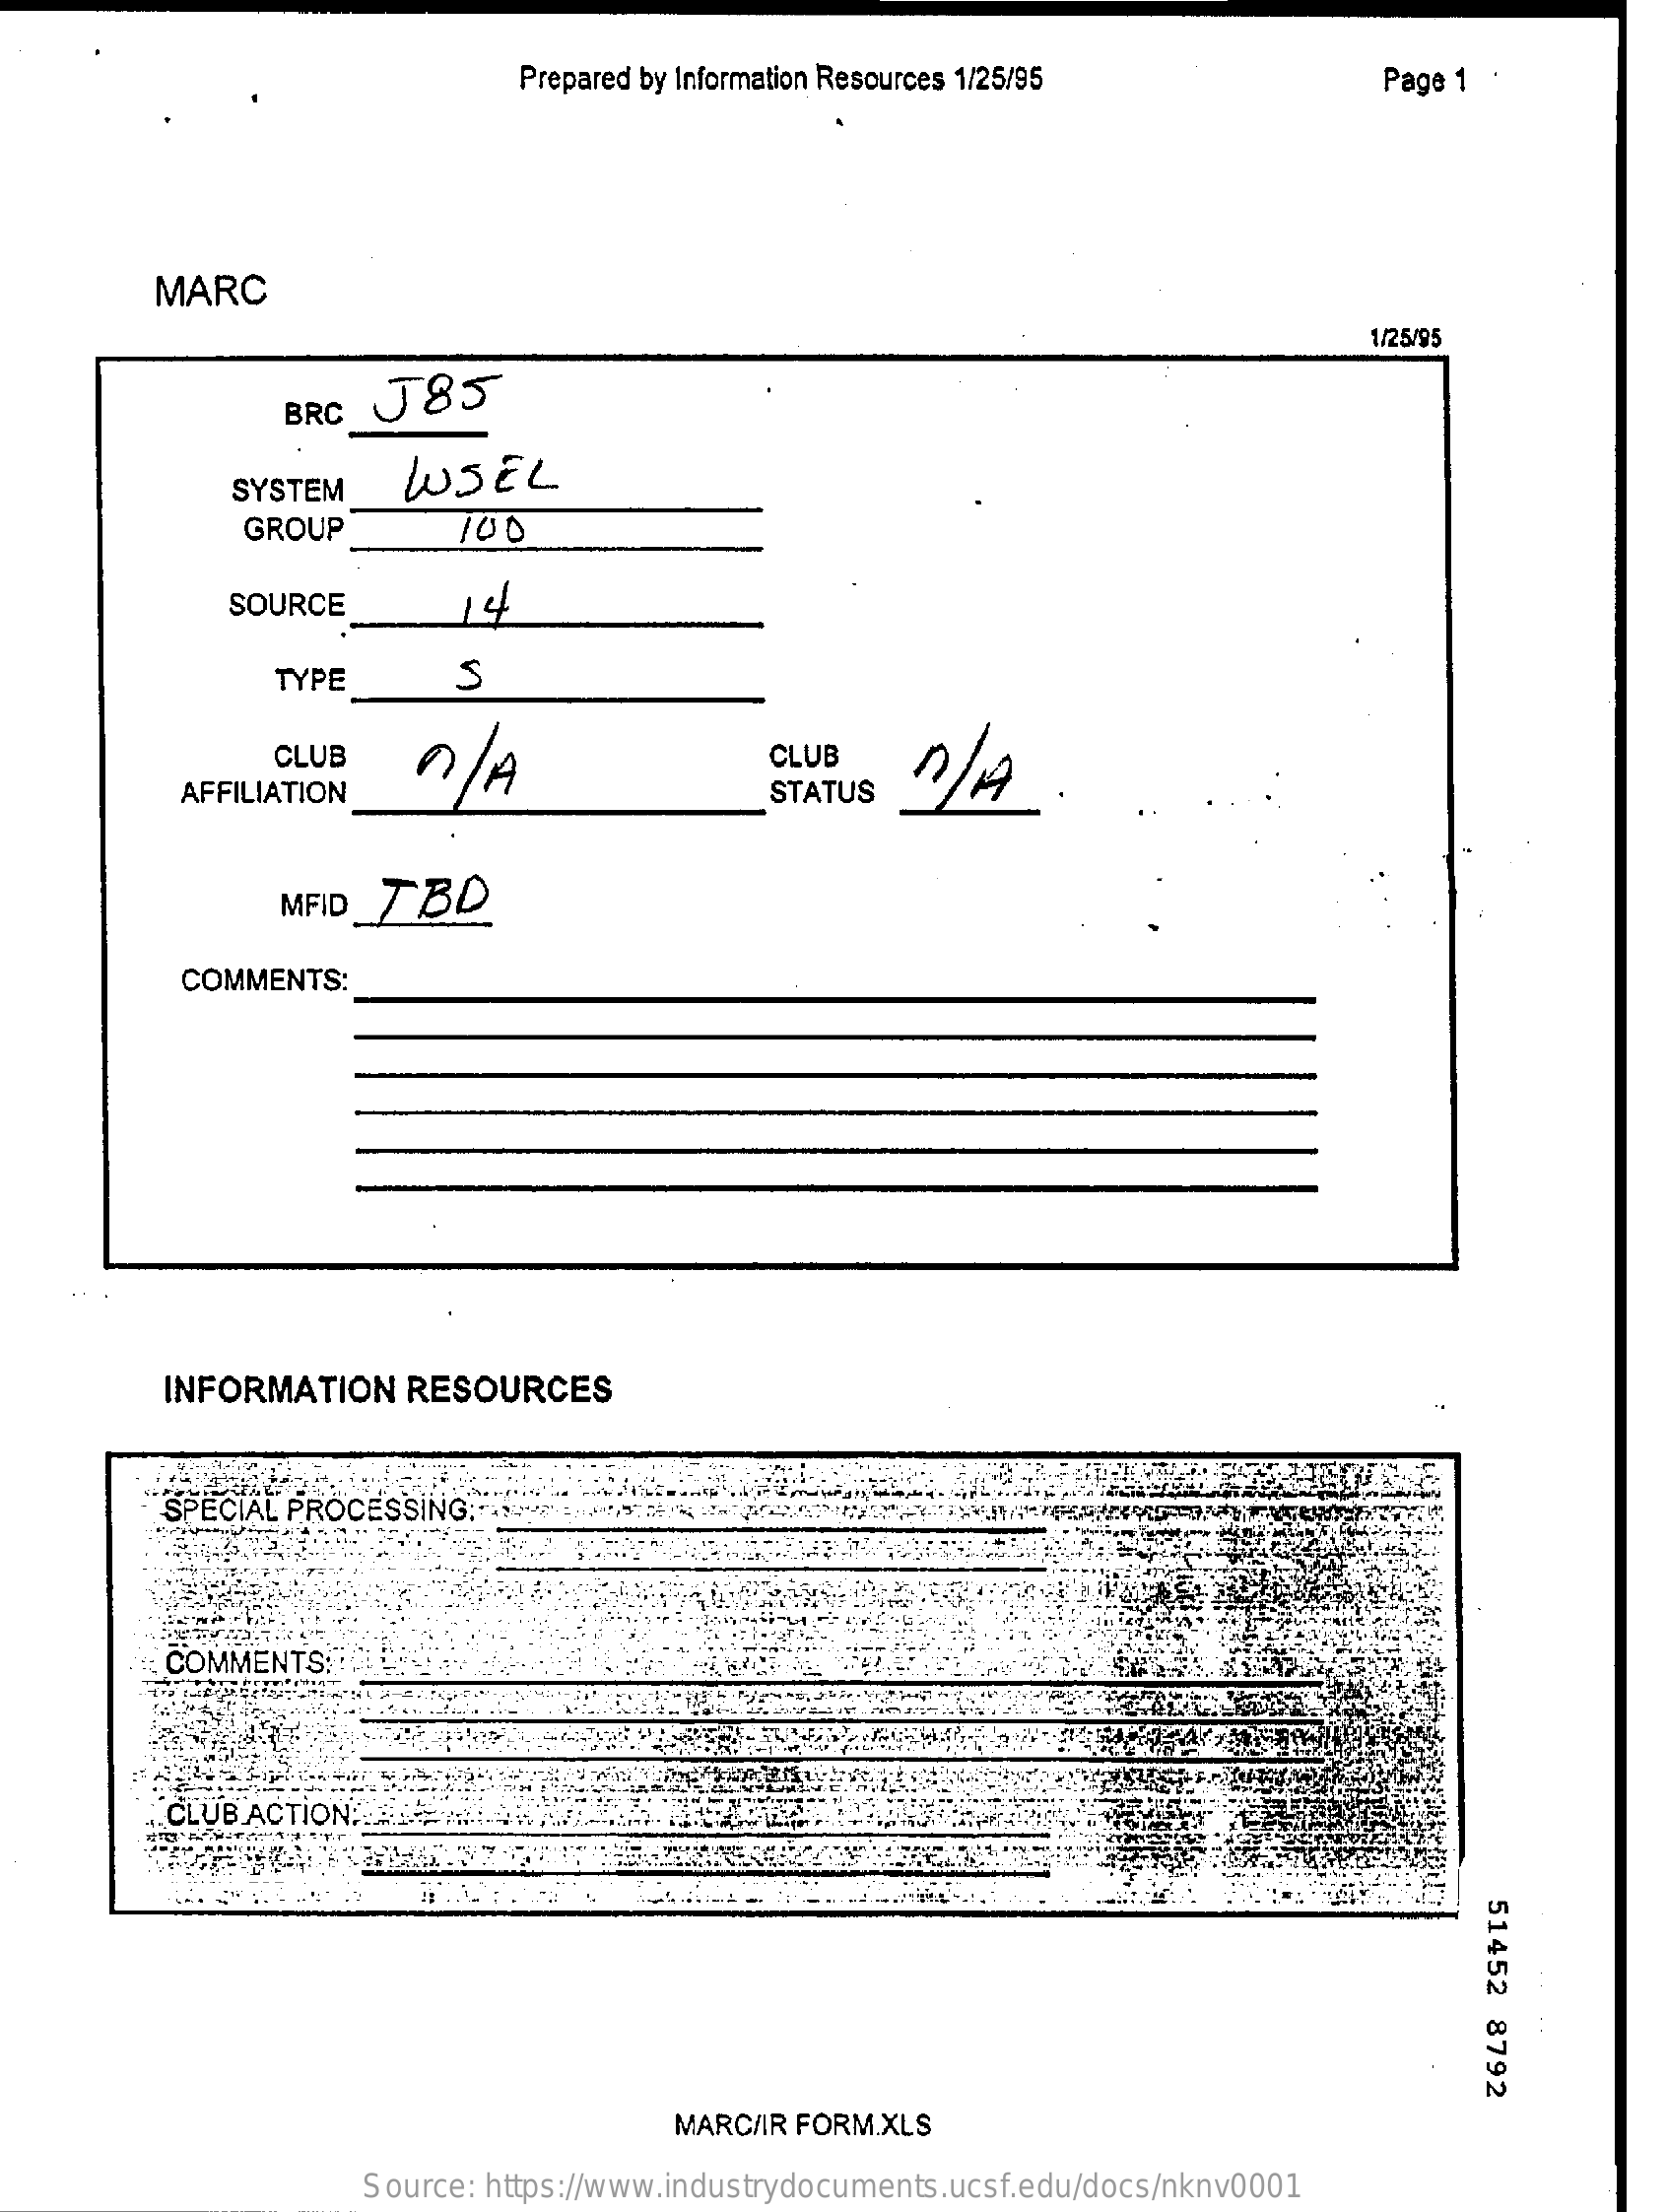
Prepared by Information Resources 1/25/95    Page 1
     MARC
     1/25/95
     BRC
     J85
     SYSTEM    WSEL
     GROUP    100
     SOURCE    14
     TYPE    S
     CLUB    n/  A    CLUB
     AFFILIATION    STATUS
     MFID_TBQ
     COMMENTS:
     INFORMATION    RESOURCES
     SPECIAL PROCESSING:
     COMMENTS  ::
     CLUB ACTION:
     51452
     8792
     MARC/IR FORM.XLS
     Source: https://www.industrydocuments.ucsf.edu/docs/nknv0001